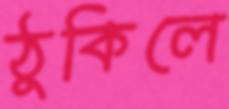
ঠুকিলে